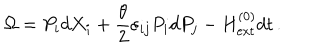
LaTeX: \Omega = P _ { i } d X _ { i } + \frac { \theta } { 2 } \varepsilon _ { i j } P _ { i } d P _ { j } - H _ { \mathrm { e x t } } ^ { ( 0 ) } d t \, .